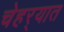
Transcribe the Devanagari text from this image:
चेहर्‍यात